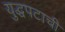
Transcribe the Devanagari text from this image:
युद्धपटाची